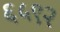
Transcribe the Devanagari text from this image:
६५९२